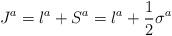
LaTeX: \begin{align*}J^a = l^a + S^a = l^a + {1 \over 2} \sigma ^a\end{align*}